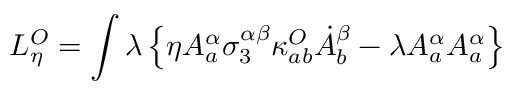
L _ { \eta } ^ { O } = \int \lambda \left\{ \eta A _ { a } ^ { \alpha } \sigma _ { 3 } ^ { \alpha \beta } \kappa _ { a b } ^ { O } \dot { A } _ { b } ^ { \beta } - \lambda A _ { a } ^ { \alpha } A _ { a } ^ { \alpha } \right\}